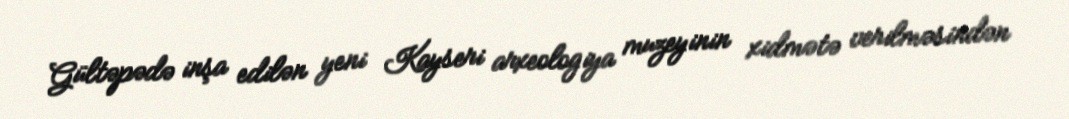
Gültəpədə inşa edilən yeni Kayseri arxeologiya muzeyinin xidmətə verilməsindən